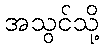
အသွင်သို့